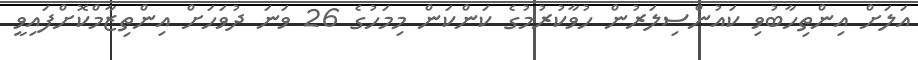
އަލަށް އިންތިހާބުވި ކައުންސިލަރުން ހުވާކުރުމުގެ ކަންކަން މިމަހުގެ 26 ވަނަ ދުވަހަށް އިންތިޒާމްކޮށްފައިވީ